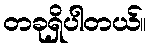
တခုရှိပါတယ်။